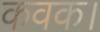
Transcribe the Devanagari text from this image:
कवक।